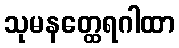
သုမနတ္ထေရဂါထာ